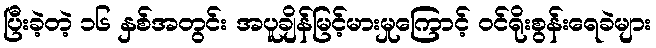
ပြီးခဲ့တဲ့ ၁၆ နှစ်အတွင်း အပူချိန်မြင့်မားမှုကြောင့် ဝင်ရိုးစွန်းရေခဲများ